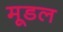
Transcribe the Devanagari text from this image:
मूडल